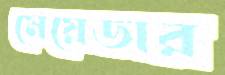
মেয়েডার